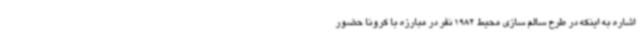
اشاره به اینکه در طرح سالم سازی محیط 1982 نفر در مبارزه با کرونا حضور